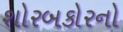
શોરબકોરનો